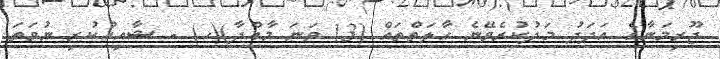
ޖޫރިމަނާގެ އަދަދު މަދުކުރެވޭނެ ހާލަތްތައް (13 ވަނަ މާއްދާ)(ހ) - ޝާއިއުކުރި ނުވަތަ